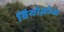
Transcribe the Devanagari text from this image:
ब्रियोज़ोआ